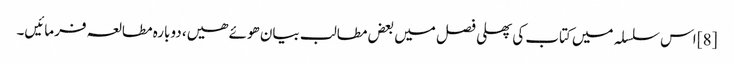
[8] اس سلسلہ میں کتاب کی پھلی فصل میں بعض مطالب بیان ھوئے ھیں، دوبارہ مطالعہ فرمائیں۔